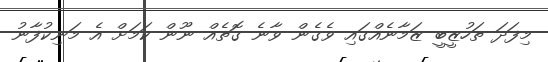
މިފަދަ ތަހުޒީބީ ޒަމާނެއްގައި ވެގެން ވާނެ ގޮތެއް ނޫން ކަމަށް އެ މަނިކުފާނު